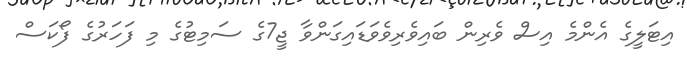
އިޓަލީގެ އެންމެ އިސް ވެރިން ބައިވެރިވެވަޑައިގަންވާ ޖީ7ގެ ސަމިޓުގެ މި ފަހަރުގެ ފޯކަސް